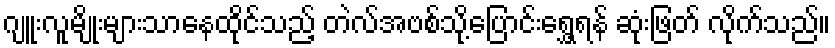
ဂျူးလူမျိုးများသာနေထိုင်သည့် တဲလ်အဗစ်သို့ပြောင်းရွှေ့ရန် ဆုံးဖြတ် လိုက်သည်။